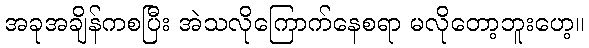
အခုအချိန်ကစပြီး အဲသလိုကြောက်နေစရာ မလိုတော့ဘူးဟေ့။